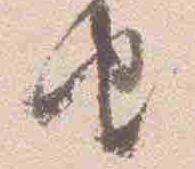
由